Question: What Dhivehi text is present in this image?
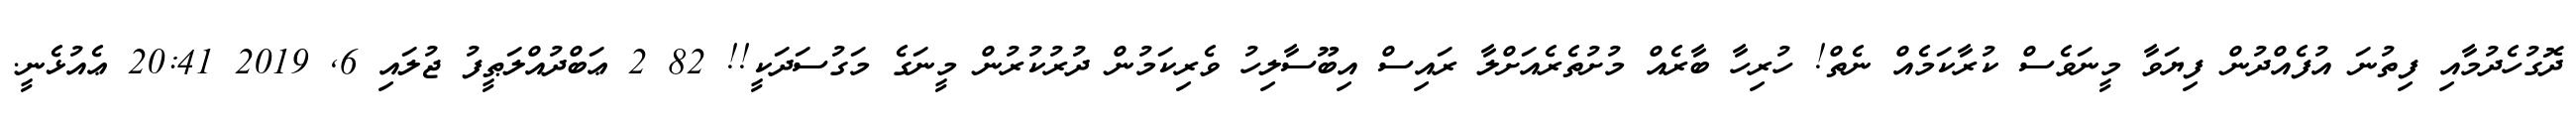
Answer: ދޮގުހެދުމާއި ފިތުނަ އުފެއްދުން ފިޔަވާ މީނަވެސް ކުރާކަމެއް ނެތް! ހުރިހާ ބާރެއް މުށުތެރެއަށްލާ ރައިސް އިބޫސާލިހު ވެރިކަމުން ދުރުކުރުން މީނަގެ މަގުސަދަކީ!! 82 2 ޢަބްދުއްލަޠީފު ޖުލައި 6, 2019 20:41 ޢެއުޅެނީ.